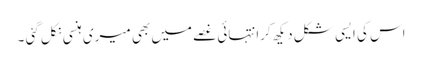
اس کی ایسی شکل دیکھ کرانتہائی غصے میں بھی میری ہنسی نکل گئی ۔